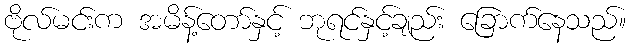
ဗိုလ်မင်းက အမိန့်တော်နှင့် ဘုရင်နှင့်ချည်း ခြောက်နေသည်။